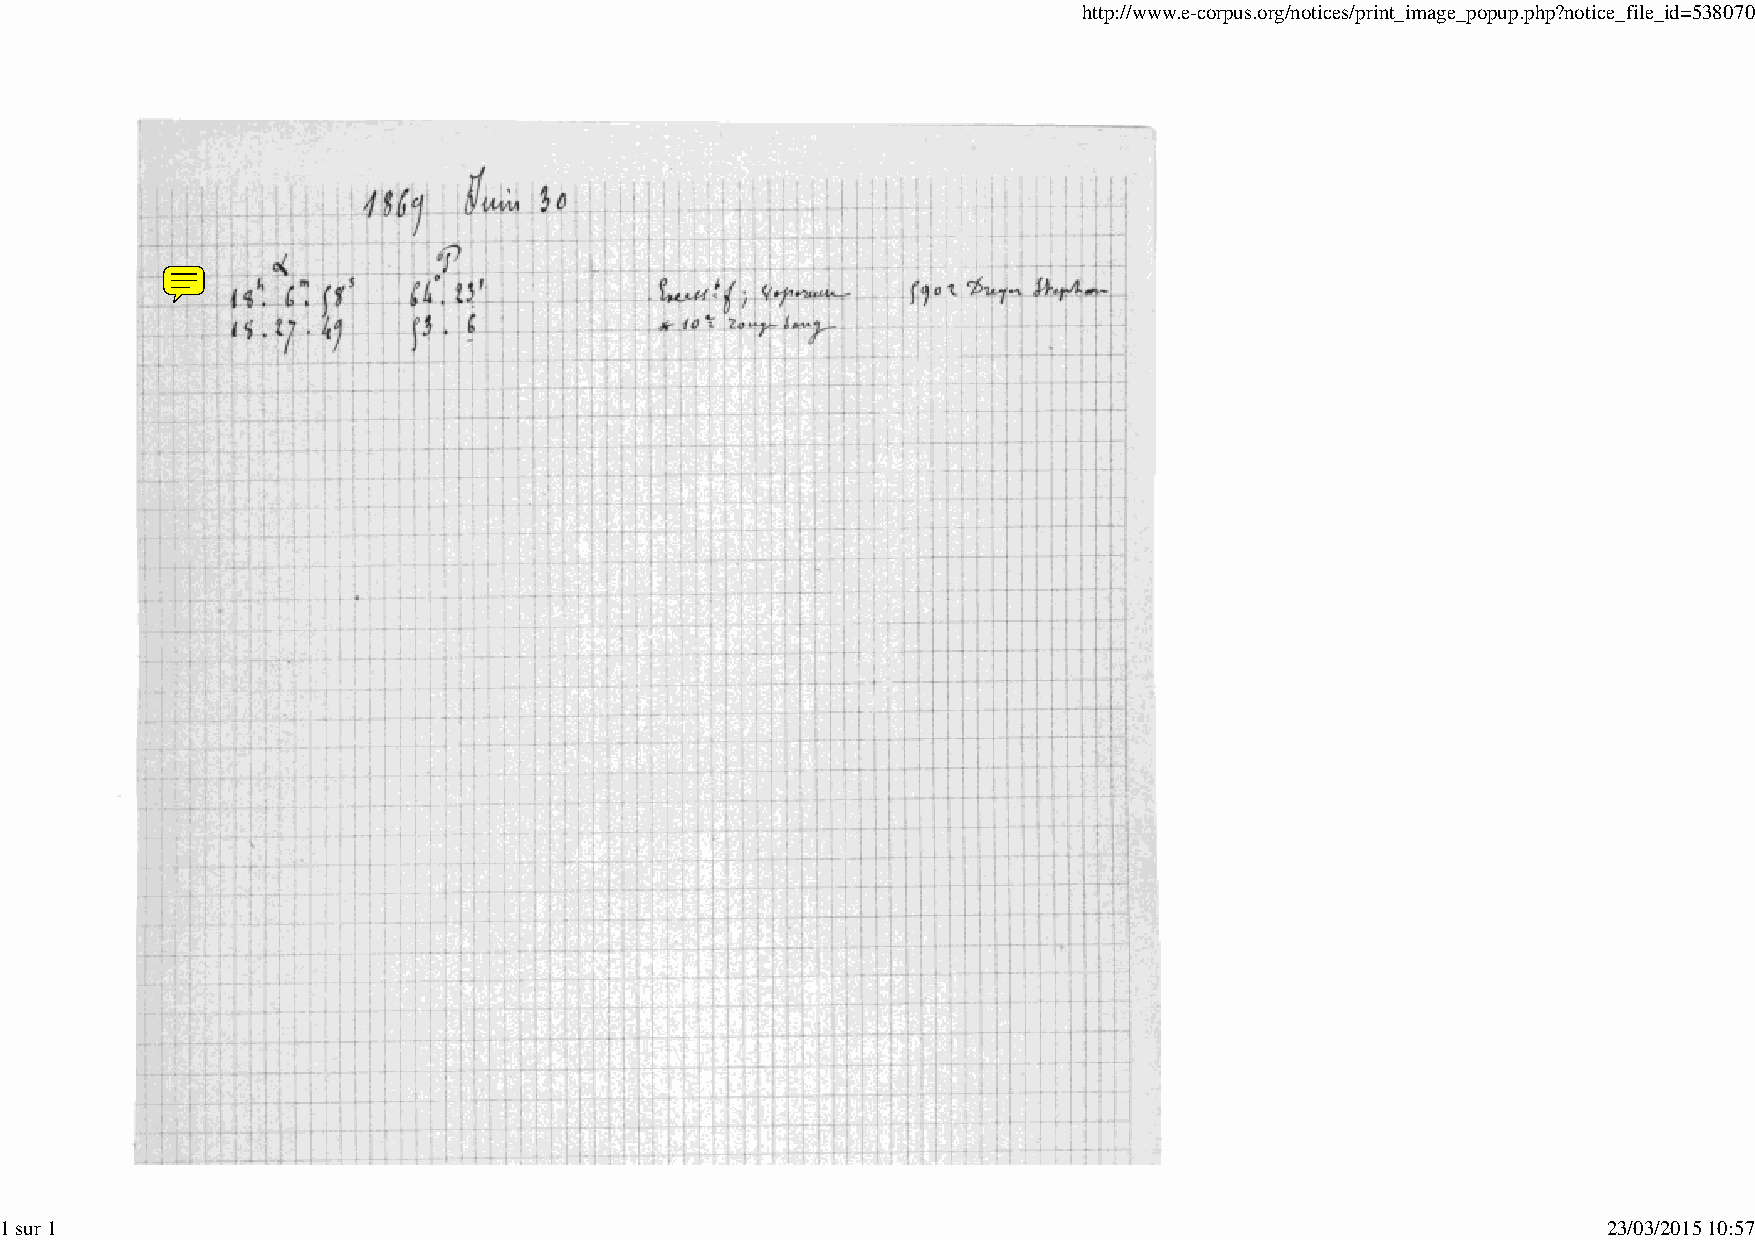
http://www.e-corpus.org/notices/print_image_popup.php?notice_file_id=538070
 1 sur 1                                                                                                   23/03/2015 10:57